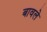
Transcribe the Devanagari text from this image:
बावले